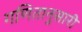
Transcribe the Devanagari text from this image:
गणितानुसारी